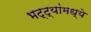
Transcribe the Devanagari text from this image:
भट्ट्यांमध्ये